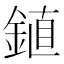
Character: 𫒦